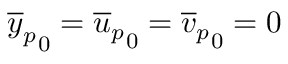
{ \overline { { y } } _ { p } } _ { 0 } = { \overline { { u } } _ { p } } _ { 0 } = { \overline { { v } } _ { p } } _ { 0 } = 0